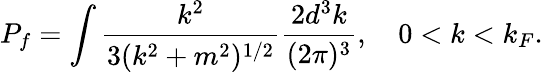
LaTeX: P_{f}=\int{\frac{k^{2}}{3(k^{2}+m^{2})^{1/2}}}{\frac{2d^{3}k}{(2\pi)^{3}}},\quad 0<k<k_{F}.